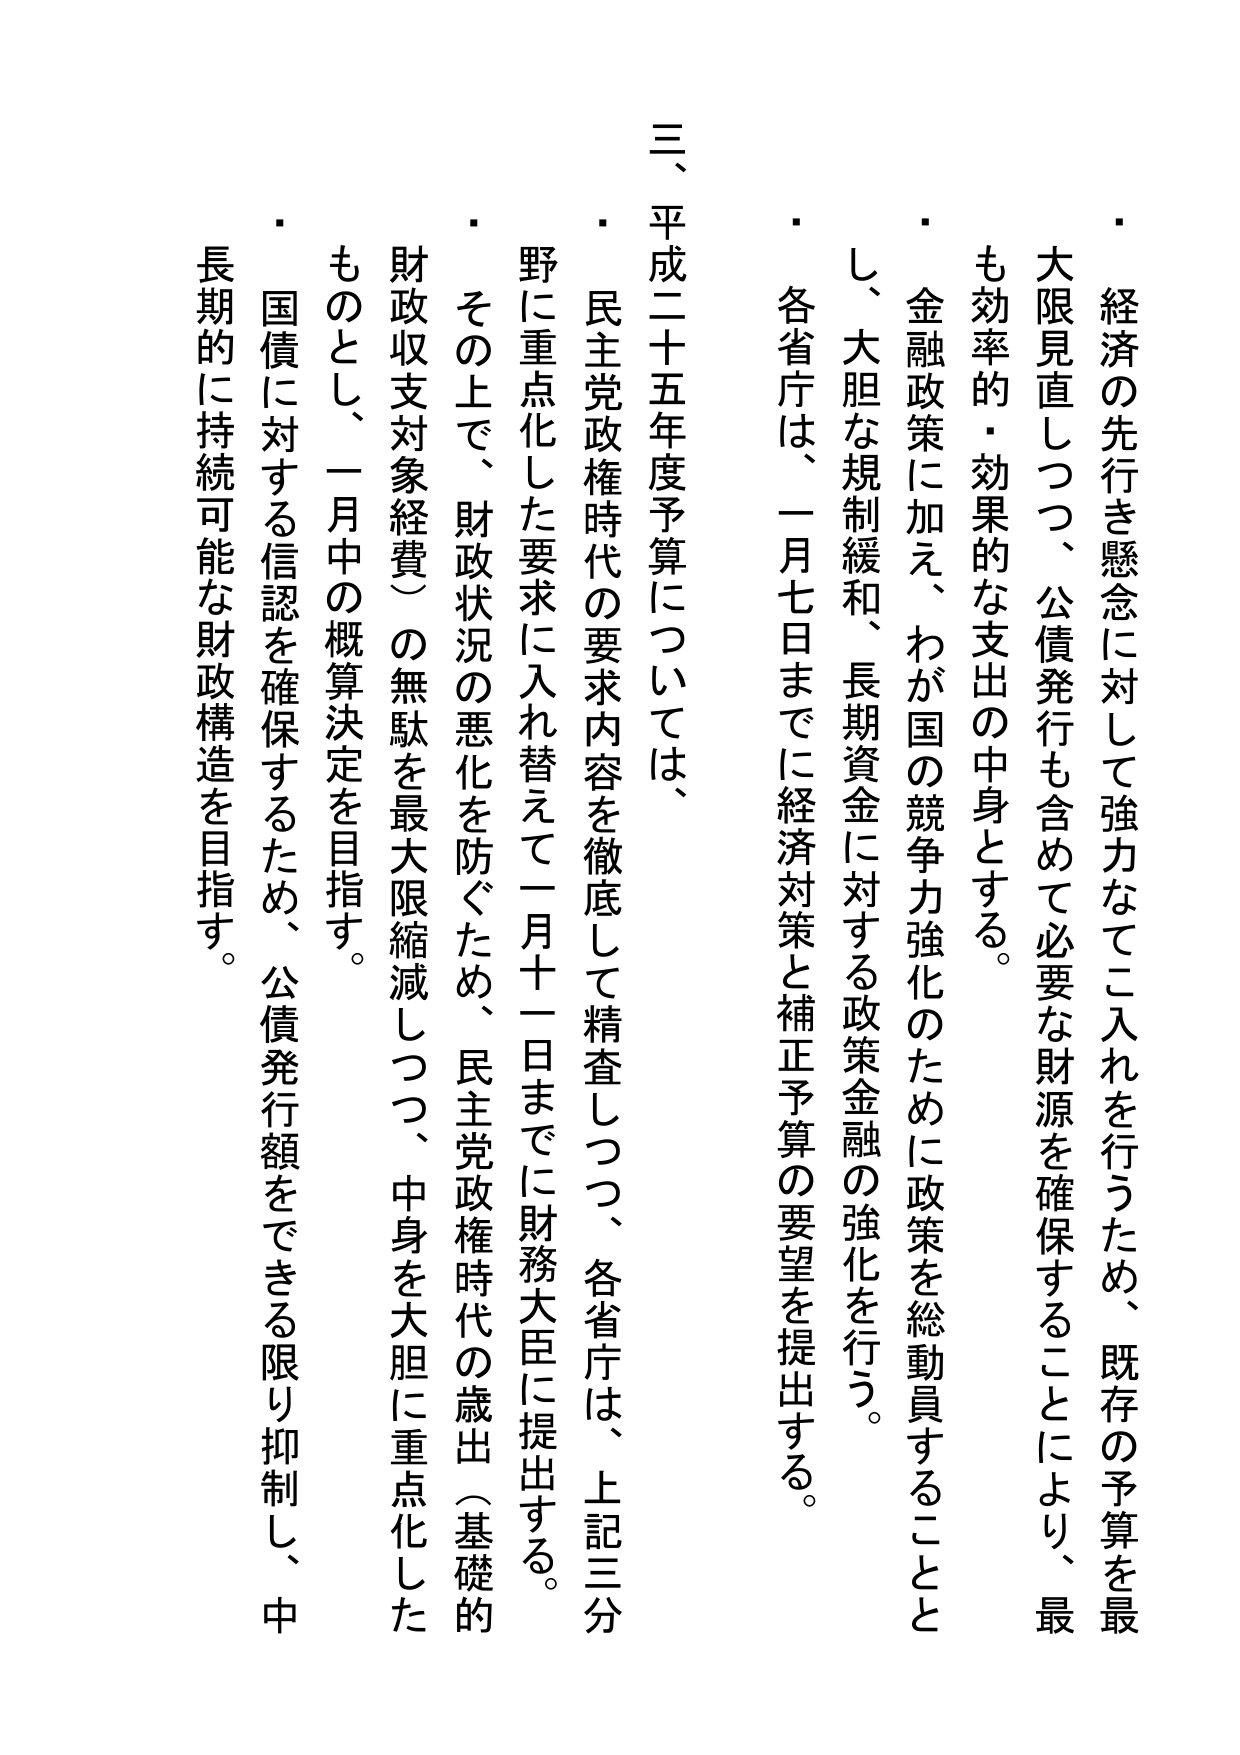
・経済の先行き懸念に対して強力なてこ入れを行うため、既存の予算を最大限見直しつつ、公債発行も含めて必要な財源を確保することにより、最も効率的・効果的な支出の中身とする。

・金融政策に加え、わが国の競争力強化のために政策を総動員することとし、大胆な規制緩和、長期資金に対する政策金融の強化を行う。

・各省庁は、一月七日までに経済対策と補正予算の要望を提出する。

三、平成二十五年度予算については、

・民主党政権時代の要求内容を徹底して精査しつつ、各省庁は、上記三分野に重点化した要求に入れ替えて一月十一日までに財務大臣に提出する。

・その上で、財政状況の悪化を防ぐため、民主党政権時代の歳出（基礎的財政収支対象経費）の無駄を最大限縮減しつつ、中身を大胆に重点化したものとし、一月中の概算決定を目指す。

・国債に対する信認を確保するため、公債発行額をできる限り抑制し、中長期的に持続可能な財政構造を目指す。